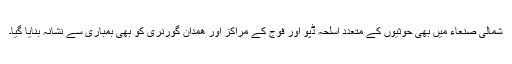
شمالی صنعاء میں بھی حوثیوں کے متعدد اسلحہ ڈپو اور فوج کے مراکز اور ھمدان گورنری کو بھی بمباری سے نشانہ بنایا گیا۔